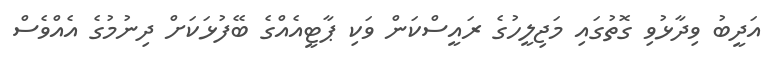
އަދީބު ވިދާޅުވި ގޮތުގައި މަޖިލީހުގެ ރައީސްކަން ވަކި ޕާޓީއެއްގެ ބޭފުޅަކަށް ދިނުމުގެ އެއްވެސް